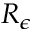
R _ { \epsilon }